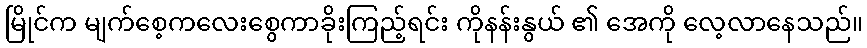
မြိုင်က မျက်စေ့ကလေးစွေကာခိုးကြည့်ရင်း ကိုနန်းနွယ် ၏ အေကို လေ့လာနေသည်။